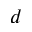
d